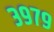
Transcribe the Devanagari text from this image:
३९७९